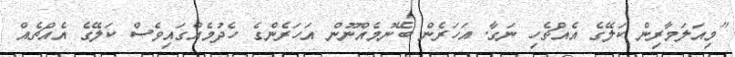
"މިއަލަމާރިން ކަލޭގެ އެއްޗެހި ނަގާ. އަހަރެން ބޭނުމެއްނޫން އަހަރެންގެ ހެދުމެއްގައިވެސް ކަލޭގެ އެއްޗެއް